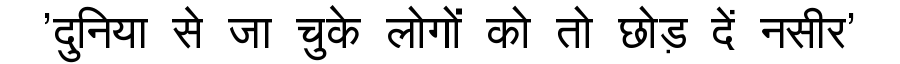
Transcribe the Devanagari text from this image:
'दुनिया से जा चुके लोगों को तो छोड़ दें नसीर'